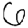
Digit: 6